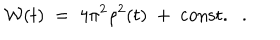
LaTeX: { \cal W } ( t ) \; = \; 4 \pi ^ { 2 } \rho ^ { 2 } ( t ) \; + \; \mathrm { c o n s t . } .